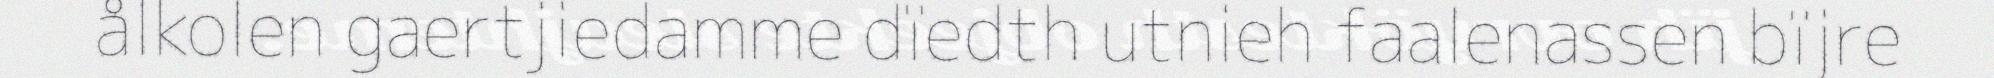
ålkolen gaertjiedamme dïedth utnieh faalenassen bïjre